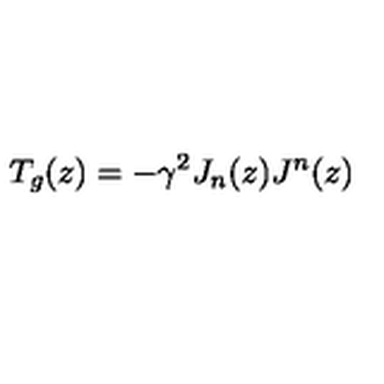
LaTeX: T _ { g } ( z ) = - \gamma ^ { 2 } J _ { n } ( z ) J ^ { n } ( z )